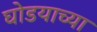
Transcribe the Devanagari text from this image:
घोडयाच्या